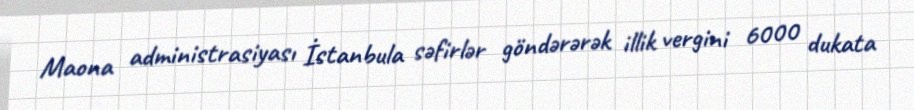
Maona administrasiyası İstanbula səfirlər göndərərək illik vergini 6000 dukata